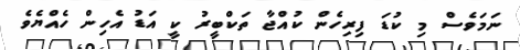
ނަމަވެސް މި ކުޑަ ފިރިހެން ކުއްޖާ ތަކްބީރު ކީ އަޑު އެހިން ހެއްޔެވެ